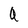
Character: a